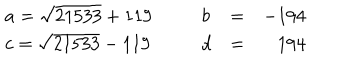
LaTeX: \left. \begin{array} { l l l l r } { { a = \sqrt { 2 1 5 3 3 } + 1 1 9 \, } } & { { \, \, \, } } & { { b } } & { { = } } & { { - 1 9 4 } } \\ { { c = \sqrt { 2 1 5 3 3 } - 1 1 9 \, } } & { { \, \, \, } } & { { d } } & { { = } } & { { 1 9 4 } } \\ \end{array} \right.